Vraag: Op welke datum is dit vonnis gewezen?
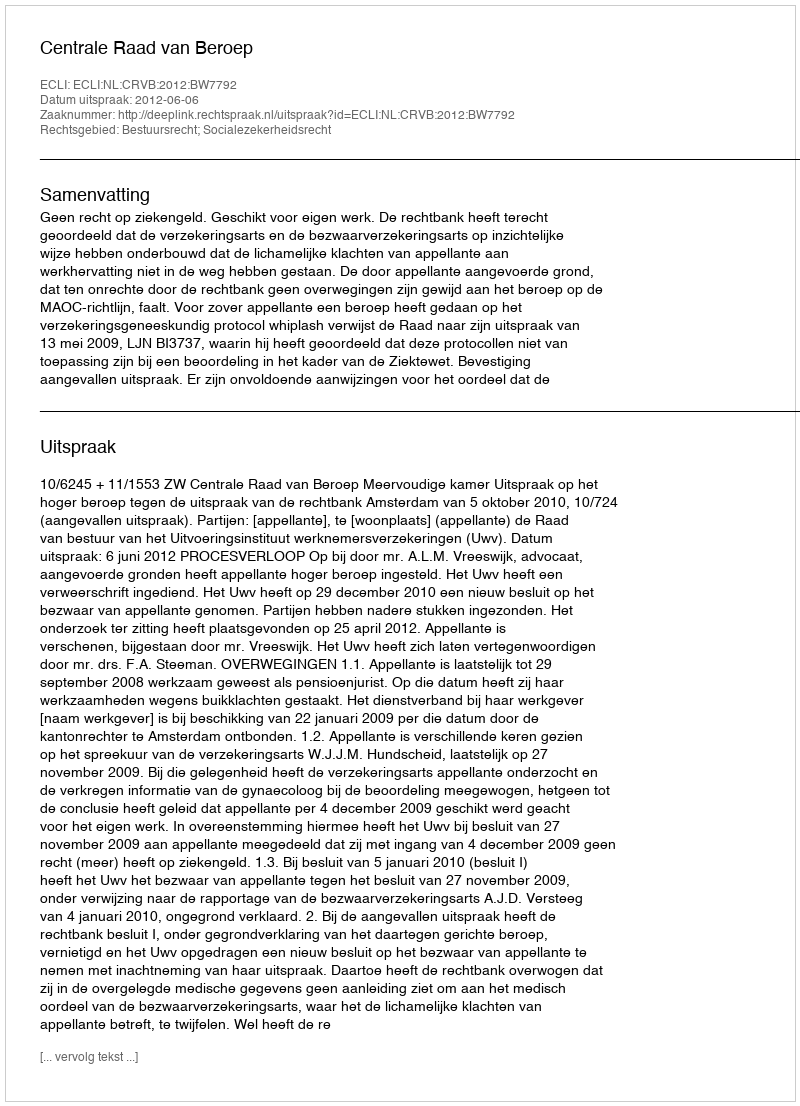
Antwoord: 2012-06-06